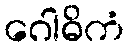
ဂေါဓိကံ